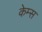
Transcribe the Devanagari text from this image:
केम्स